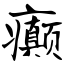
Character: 癫